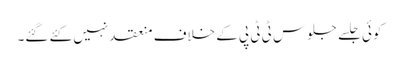
کوئی جلسے جلوس ٹی ٹی پی کے خلاف منعقد نہیں کئے گئے۔